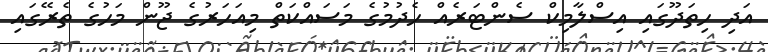
އަދި ހިތަދޫގައި އިސްލާމިކް ސެންޓަރެއް ހެދުމުގެ މަސައްކަތް މިއަހަރުގެ ޖޫން މަހުގެ ތެރޭގައި